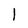
Character: l